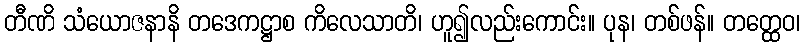
တီဏိ သံယောဇနာနိ တဒေကဋ္ဌာစ ကိလေသာတိ၊ ဟူ၍လည်းကောင်း။ ပုန၊ တစ်ဖန်။ တတ္ထေဝ၊